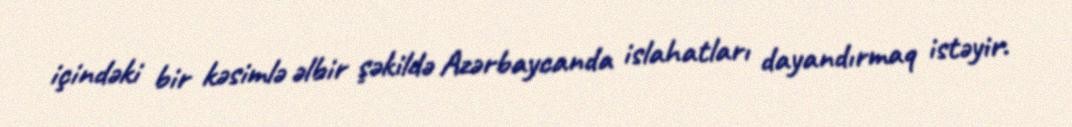
içindəki bir kəsimlə əlbir şəkildə Azərbaycanda islahatları dayandırmaq istəyir.